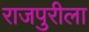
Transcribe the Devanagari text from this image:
राजपुरीला